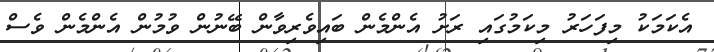
އެކަމަކު މިފަހަރު މިކަމުގައި ރަށު އެންމެން ބައިވެރިވާން ބޭނުން ވުމުން އެންމެން ވެސް